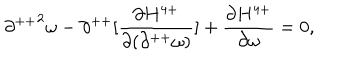
{ \partial ^ { + + } } ^ { 2 } \omega - \partial ^ { + + } [ \frac { \partial H ^ { 4 + } } { \partial ( \partial ^ { + + } \omega ) } ] + \frac { \partial H ^ { 4 + } } { \partial \omega } = 0 ,